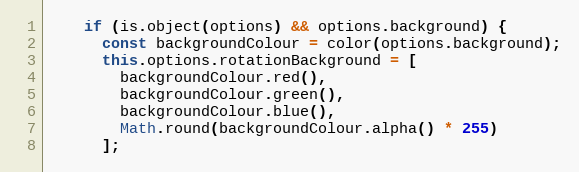
Language: JavaScript
    if (is.object(options) && options.background) {
      const backgroundColour = color(options.background);
      this.options.rotationBackground = [
        backgroundColour.red(),
        backgroundColour.green(),
        backgroundColour.blue(),
        Math.round(backgroundColour.alpha() * 255)
      ];